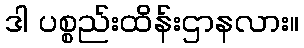
ဒါ ပစ္စည်းထိန်းဌာနလား။